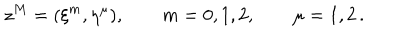
z ^ { M } = ( \xi ^ { m } , \eta ^ { \mu } ) , \qquad m = 0 , 1 , 2 , \qquad \mu = 1 , 2 \, .